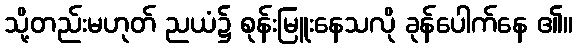
သို့တည်းမဟုတ် ညယံ၌ စုန်းမြူးနေသလို ခုန်ပေါက်နေ ၏။